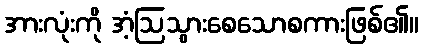
အားလုံးကို အံ့ဩသွားစေသောစကားဖြစ်၏။